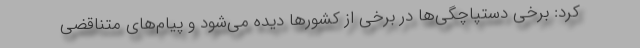
کرد: برخی دستپاچگی‌ها در برخی از کشورها دیده می‌شود و پیام‌های متناقضی